NAE_ERA_R-1765_ENSV_Kirjanike_Liit_1945-1955, lk 3
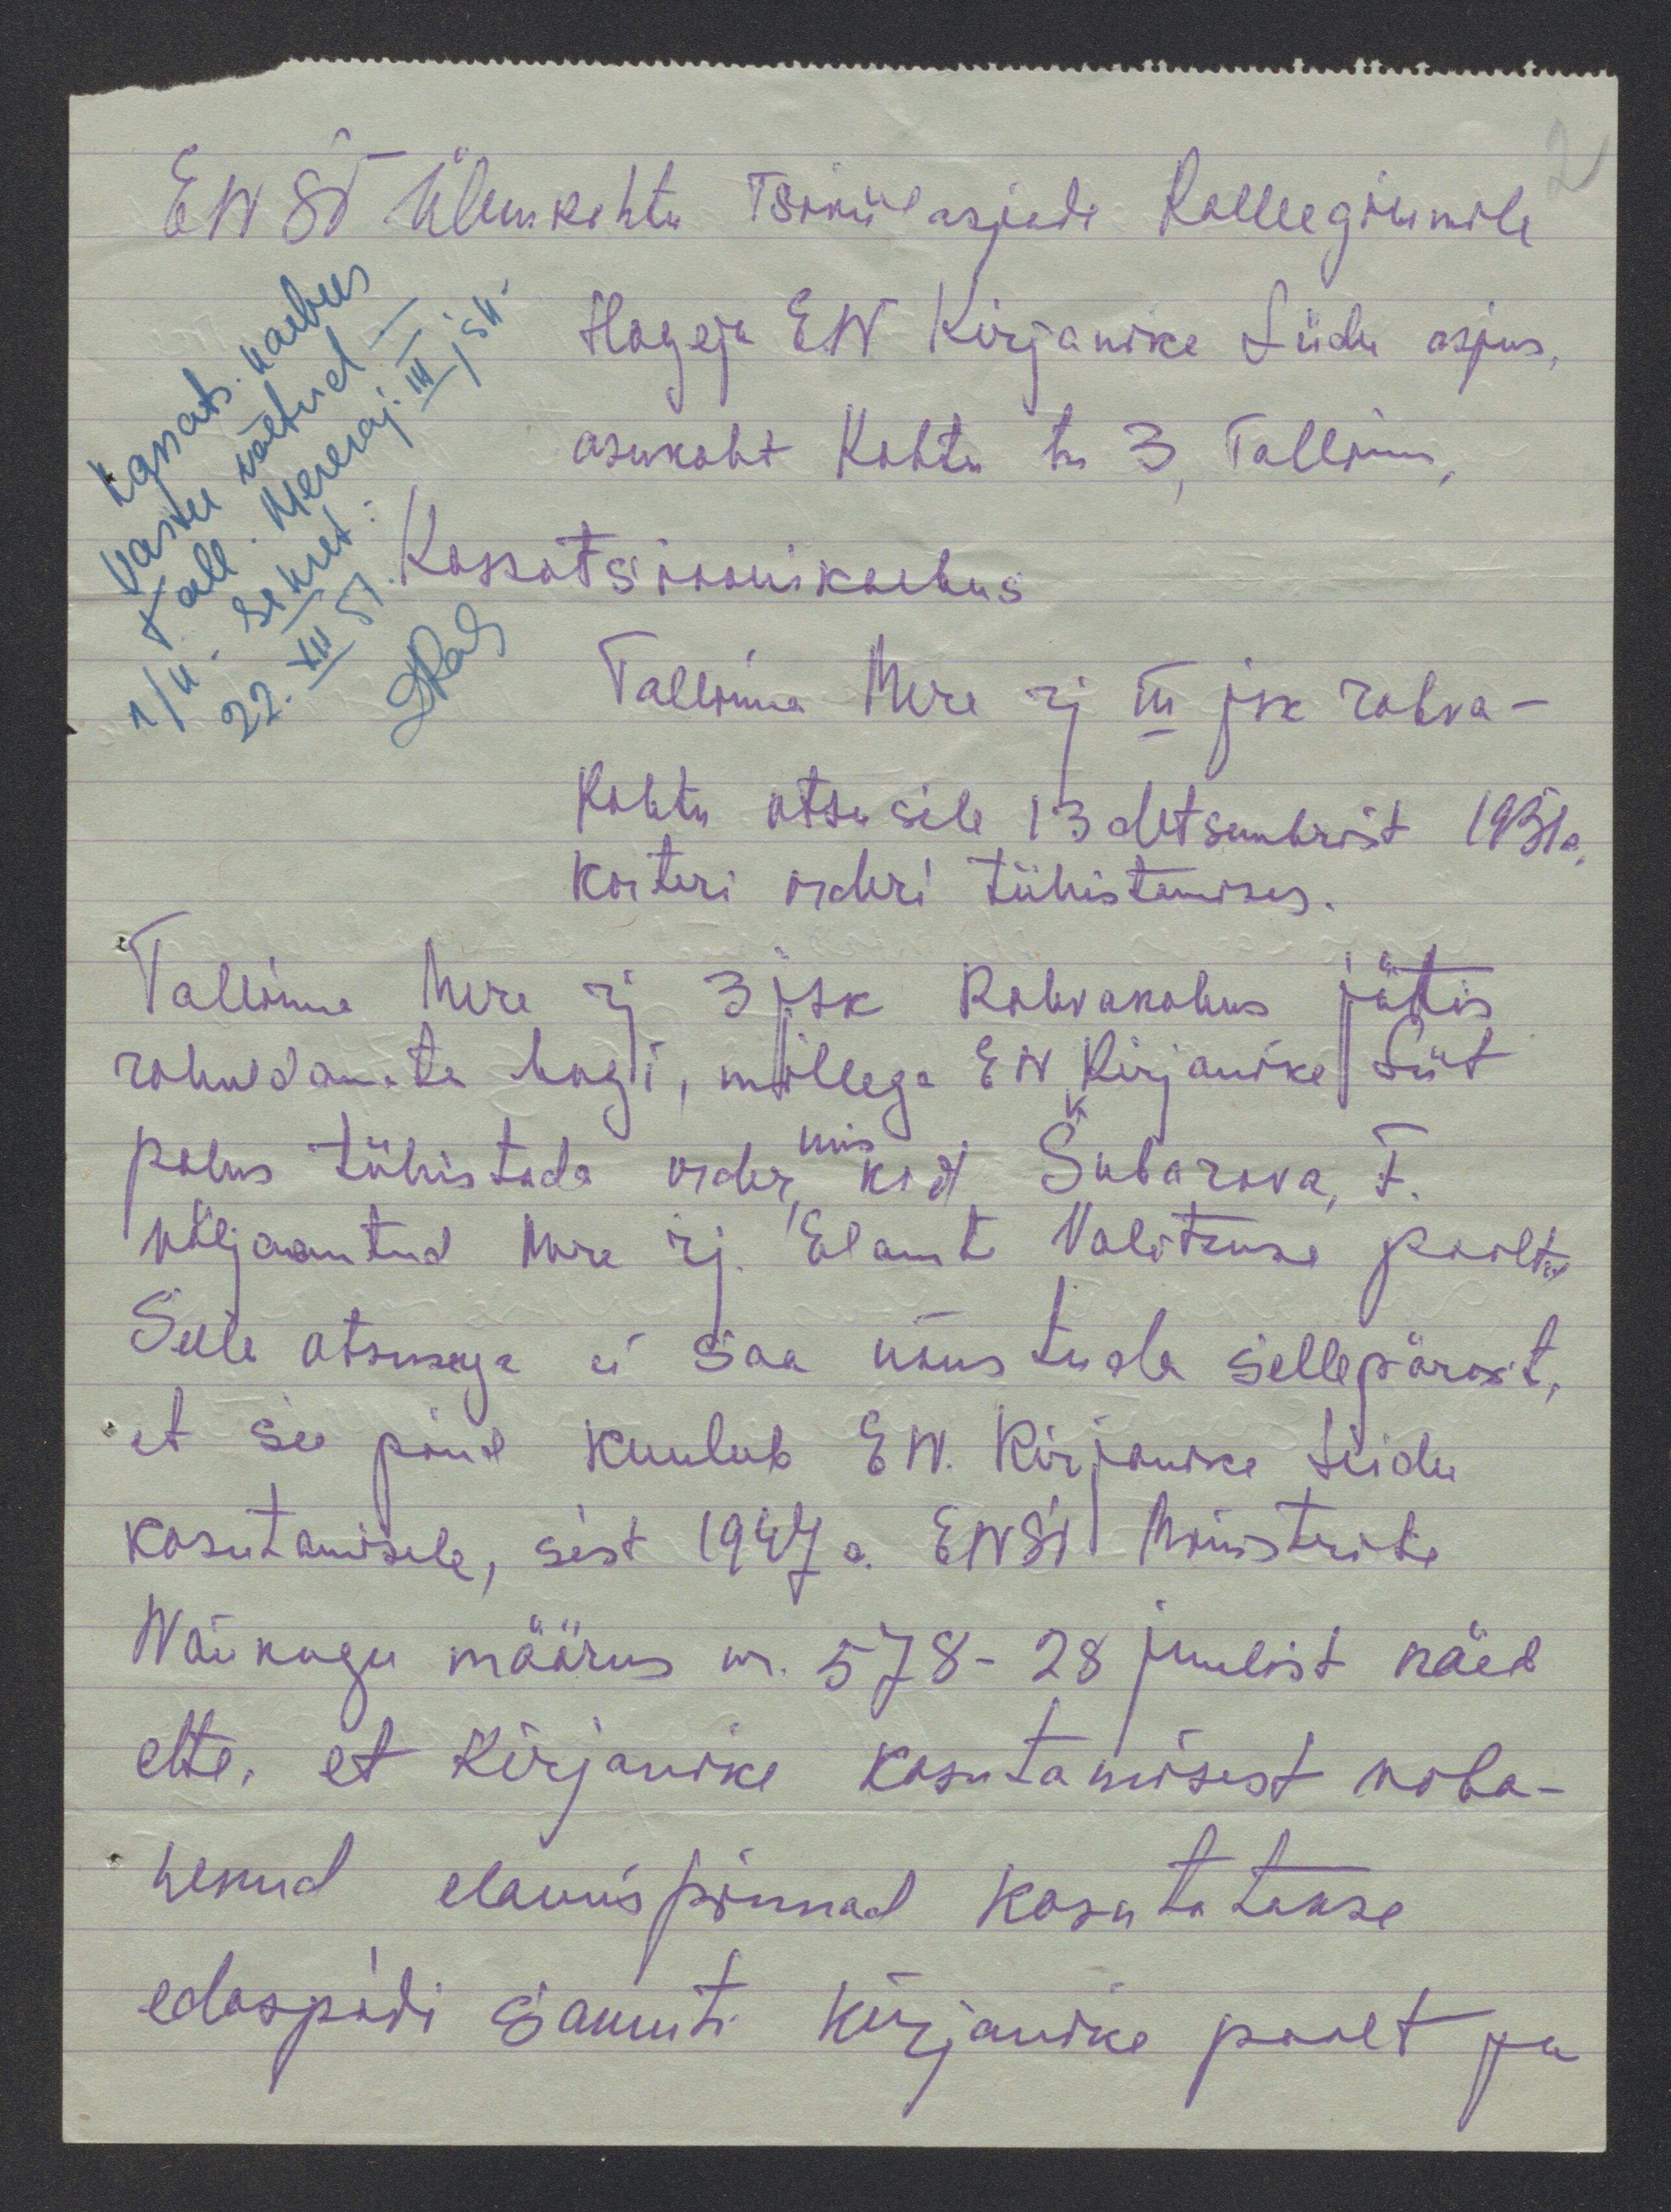
ENSV Ülemkohtu Tsiviilasjade Kolleegiumile
Hageja EN Kirjanike Liidu asjus
asukoht Kohtu tn 3, Tallinn
Kassatsioonikaebus
Tallinna Mere rj III jsk rahva-
kohtu otsusile 13 detsembrist 1951 a
korteri orderi tühistamiseks.
Tallinna Mere rj. 3 jsk Rahvakohus jättis
rahuldamata hagi, millega EN Kirjanike Liit
mis
palus tühistada order, kod Subarova F.
väljaantud Mere rj. Elamute Valitsuse poolt
Selle otsusega ei saa nõustuda sellepärast,
et see põik kuulub EN. Kirjanike Liidu
kasutamisele, sest 1947 a. ENSV Ministrite 
Nõukogu määrus nr. 578-28 juulist näeb
ette, et kirjanike kasutamisest vaba-
nenud elamispinnad kasutatakse
edaspidi samuti kirjanike poolt ja